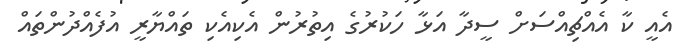
އެއީ ކާ އެއްޗިއްސަށް ސީދާ އަޅާ ހަކުރުގެ އިތުރުން އެކިއެކި ތައްޔާރީ އުފެއްދުންތައް